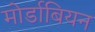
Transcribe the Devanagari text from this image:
मोर्डाबियन